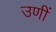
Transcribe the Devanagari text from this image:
उणीं